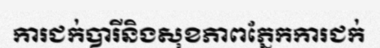
ការជក់បារីនិងសុខភាពភ្នែកការជក់